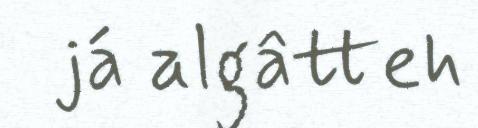
já algâtteh